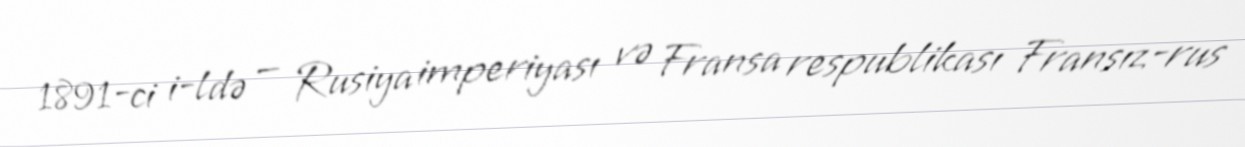
1891-ci i-ldə — Rusiya imperiyası və Fransa respublikası Fransız-rus